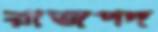
রাজপদ